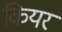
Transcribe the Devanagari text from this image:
कियर